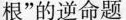
根”的逆命题